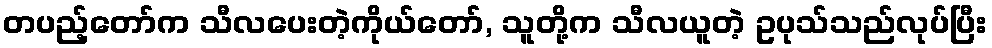
တပည့်တော်က သီလပေးတဲ့ကိုယ်တော်, သူတို့က သီလယူတဲ့ ဥပုသ်သည်လုပ်ပြီး